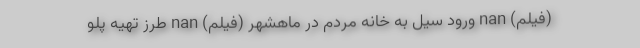
(فیلم) nan ورود سیل به خانه مردم در ماهشهر (فیلم) nan طرز تهیه پلو